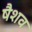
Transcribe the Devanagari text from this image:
षैशव